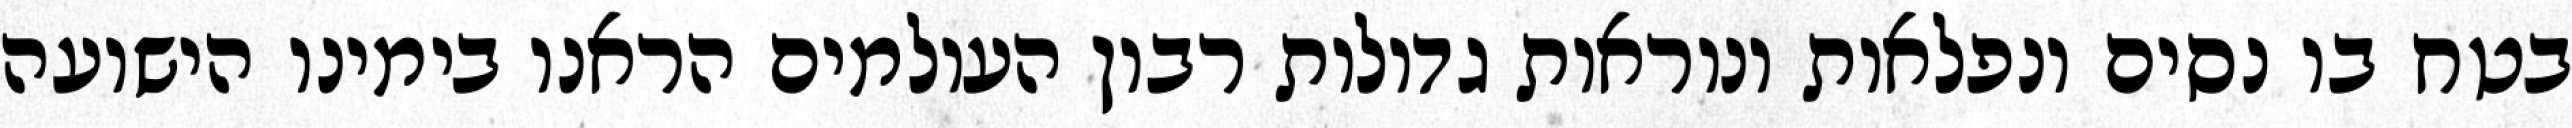
בטח בו נסים ונפלאות ונוראות גדולות רבון העולמים הראנו בימינו הישועה